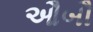
ઔબૌ